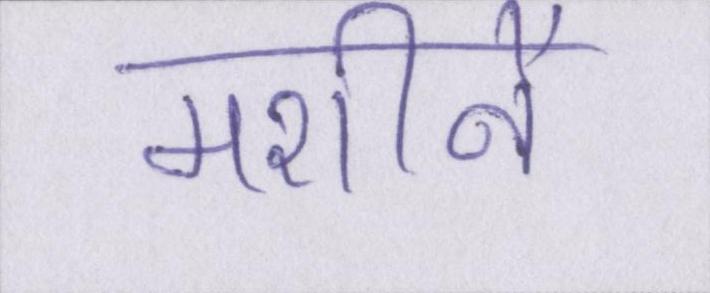
मशीनें